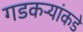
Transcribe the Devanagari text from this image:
गडकऱ्यांकडे